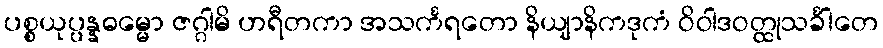
ပစ္စယုပ္ပန္နဓမ္မော ဇဂ္ဂါမိ ဟရီတကာ အသင်္ကရတော နိယျာနိကဒုကံ ဝိဝါဒဝတ္ထုသင်္ခါတေ